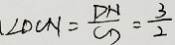
、 \angle D C N = \frac { D N } { C D } = \frac { 3 } { 2 }